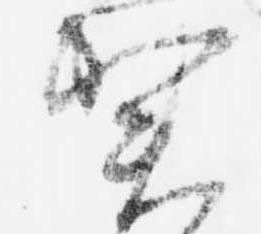
賀